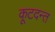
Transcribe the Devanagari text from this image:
कूटदन्त